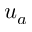
u _ { a }